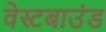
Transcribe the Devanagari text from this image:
वेस्टबाउंड